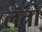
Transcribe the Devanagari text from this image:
लतो